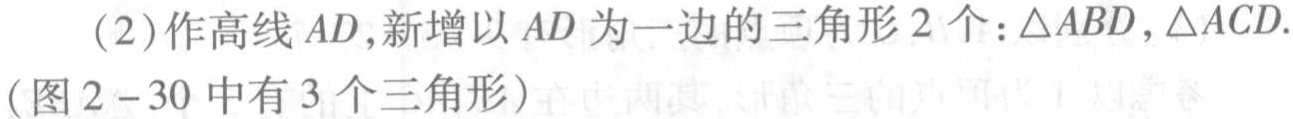
（2）作高线 \(AD\)，新增以 \(AD\) 为一边的三角形 \(2\) 个：\(\triangle ABD,\triangle ACD\).（图 \(2 - 30\) 中有 \(3\) 个三角形）